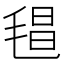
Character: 𣮑